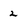
Character: 2